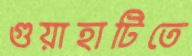
গুয়াহাটিতে